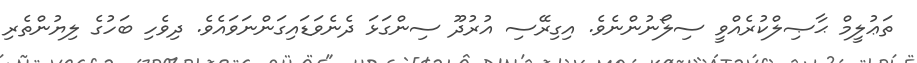
ތަޢުލީމް ޙާޞިލްކުރެއްވީ ސިލޯނުންނެވެ. އިގިރޭސި އުރުދޫ ސިންގަޅަ ދެނެވަޑައިގަންނަވައެވެ. ދިވެހި ބަހުގެ ލިޔުންތެރި